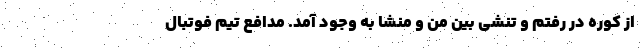
از کوره در رفتم و تنشی بین من و منشا به وجود آمد. مدافع تیم فوتبال